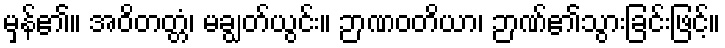
မှန်၏။ အဝိတတ္တံ၊ မချွတ်ယွင်း။ ဉာဏဝတိယာ၊ ဉာဏ်၏သွားခြင်းဖြင့်။